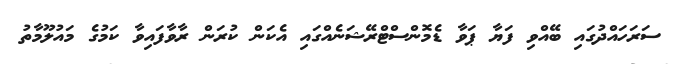
ސަރަހައްދުގައި ބޭއްވި ފަޔާ ޕަވާ ޑެމޮންސްޓްރޭޝަނެއްގައި އެކަން ކުރަން ރާވާފައިވާ ކަމުގެ މައުލޫމާތު